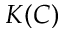
K ( C )